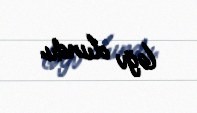
ləğv olundu.